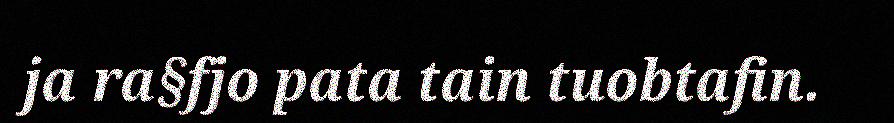
ja ra§fjo pata tain tuobtafin.